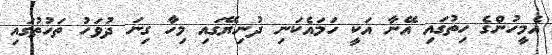
އެމީހުންގެ ހިތުގައި އޭނާ އަކީ ހަމައެކަނި ދުނިޔޭގައި މިހާ ގިނަ ދުވަހު ތަހުތުގައި